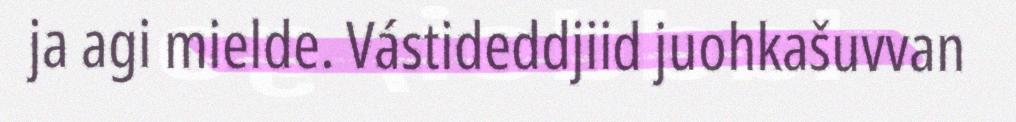
ja agi mielde. Vástideddjiid juohkašuvvan